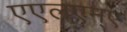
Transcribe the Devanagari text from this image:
एएलएम्ए